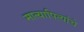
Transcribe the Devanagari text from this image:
मात्यापित्यांचे